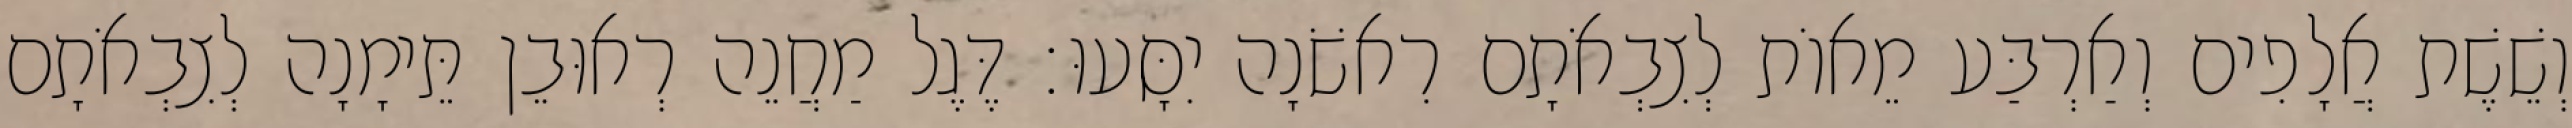
וְשֵׁשֶׁת אֲלָפִים וְאַרְבַּע מֵאוֹת לְצִבְאֹתָם רִאשֹׁנָה יִסָּעוּ׃ דֶּגֶל מַחֲנֵה רְאוּבֵן תֵּימָנָה לְצִבְאֹתָם